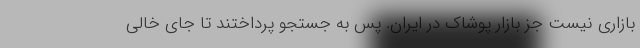
بازاری نیست جز بازار پوشاک در ایران. پس به جستجو پرداختند تا جای خالی